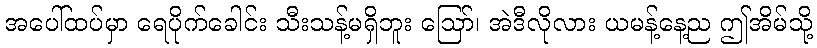
အပေါ်ထပ်မှာ ရေပိုက်ခေါင်း သီးသန့်မရှိဘူး ဪ၊ အဲဒီလိုလား ယမန့်နေ့ည ဤအိမ်သို့